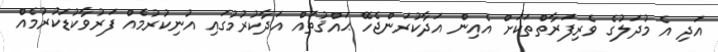
އަދި އެ މުދަލުގެ ވެރިފަރާތްތަކަށް އެއިން އަދާކުރަންޖެހޭ ޙައްޤުތައް އަދާކުރުމުގައި އުނިކުރުމެއް ފަރުވާކުޑަކުރުމެއް